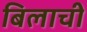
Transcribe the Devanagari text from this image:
बिलाची